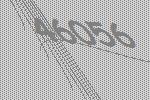
46056